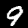
Digit: 9